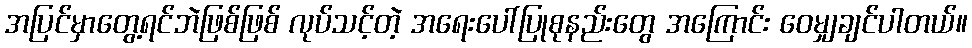
အပြင်မှာတွေ့ရင်ဘဲဖြစ်ဖြစ် လုပ်သင့်တဲ့ အရေးပေါ်ပြုစုနည်းတွေ အကြောင်း ဝေမျှချင်ပါတယ်။